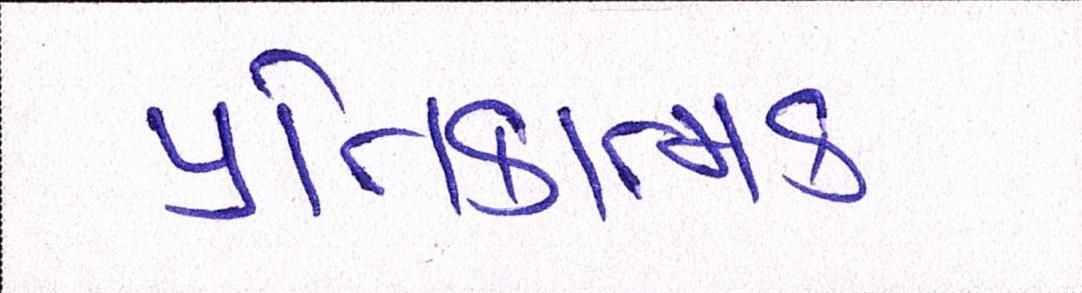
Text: પ્રતિકાત્મક